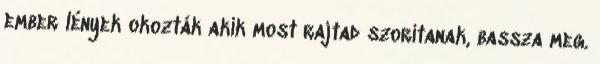
ember lények okozták akik most rajtad szorítanak, bassza meg.